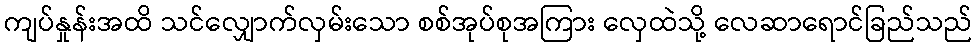
ကျပ်နှုန်းအထိ သင်လျှောက်လှမ်းသော စစ်အုပ်စုအကြား လှေထဲသို့ လေဆာရောင်ခြည်သည်